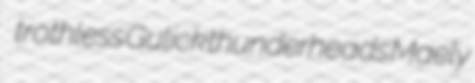
trothless Gulick thunderheads Maely